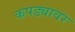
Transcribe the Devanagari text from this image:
कपड्यावर